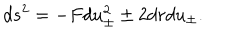
LaTeX: d s ^ { 2 } = - F d u _ { \pm } ^ { 2 } \pm 2 d r d u _ { \pm } .